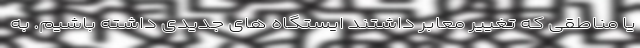
یا مناطقی که تغییر معابر داشتند ایستگاه های جدیدی داشته باشیم. به